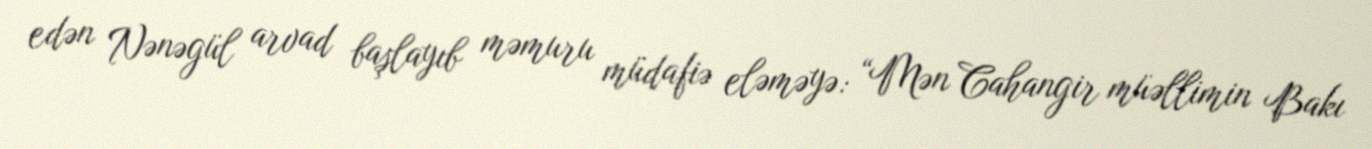
edən Nənəgül arvad başlayıb məmuru müdafiə eləməyə: “Mən Cahangir müəllimin Bakı